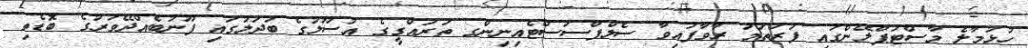
ހުޅުމާލެ މާސްޓަޕްލޭންގައި ފުރަތަމަ ރާވާފައިވާ ސެލްފްސަސްޓެއިނިންގ ތަރައްގީގެ އުސޫލުގެ ބަދަލުގައި ފޫނުބެއްދޭވަރުގެ ބޮޑެތި